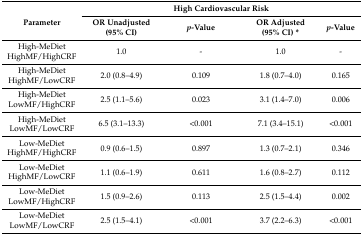
<table><thead><tr><td rowspan="2"><b>Parameter</b></td><td colspan="4"><b>High Cardiovascular Risk</b></td></tr><tr><td><b>OR Unadjusted (95% CI)</b></td><td><b><i>p</i>-Value</b></td><td><b>OR Adjusted (95% CI) *</b></td><td><b><i>p</i>-Value</b></td></tr></thead><tbody><tr><td>High-MeDiet HighMF/HighCRF</td><td>1.0</td><td>-</td><td>1.0</td><td>-</td></tr><tr><td>High-MeDiet HighMF/LowCRF</td><td>2.0 (0.8–4.9)</td><td>0.109</td><td>1.8 (0.7–4.0)</td><td>0.165</td></tr><tr><td>High-MeDiet LowMF/HighCRF</td><td>2.5 (1.1–5.6)</td><td>0.023</td><td>3.1 (1.4–7.0)</td><td>0.006</td></tr><tr><td>High-MeDietLowMF/LowCRF</td><td>6.5 (3.1–13.3)</td><td>&lt;0.001</td><td>7.1 (3.4–15.1)</td><td>&lt;0.001</td></tr><tr><td>Low-MeDietHighMF/HighCRF</td><td>0.9 (0.6–1.5)</td><td>0.897</td><td>1.3 (0.7–2.1)</td><td>0.346</td></tr><tr><td>Low-MeDietHighMF/LowCRF</td><td>1.1 (0.6–1.9)</td><td>0.611</td><td>1.6 (0.8–2.7)</td><td>0.112</td></tr><tr><td>Low-MeDietLowMF/HighCRF</td><td>1.5 (0.9–2.6)</td><td>0.113</td><td>2.5 (1.5–4.4)</td><td>0.002</td></tr><tr><td>Low-MeDietLowMF/LowCRF</td><td>2.5 (1.5–4.1)</td><td>&lt;0.001</td><td>3.7 (2.2–6.3)</td><td>&lt;0.001</td></tr></tbody></table>